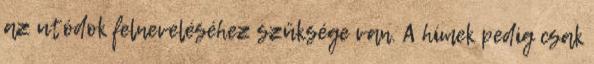
az utódok felneveléséhez szüksége van. A hímek pedig csak